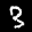
Label: 3